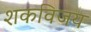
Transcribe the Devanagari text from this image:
शकविजय